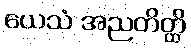
ယေသံ အညတိတ္ထိ